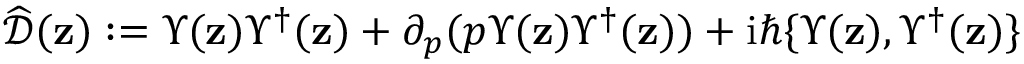
\widehat { \mathscr { D } } ( { \mathbf { z } } ) : = \Upsilon ( { \mathbf { z } } ) \Upsilon ^ { \dagger } ( { \mathbf { z } } ) + \partial _ { p } ( p \Upsilon ( { \mathbf { z } } ) \Upsilon ^ { \dagger } ( { \mathbf { z } } ) ) + \mathrm { i } \hbar \{ \Upsilon ( { \mathbf { z } } ) , \Upsilon ^ { \dagger } ( { \mathbf { z } } ) \}